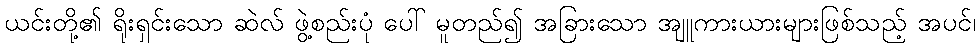
ယင်းတို့၏ ရိုးရှင်းသော ဆဲလ် ဖွဲ့စည်းပုံ ပေါ် မူတည်၍ အခြားသော အျူကားယားများဖြစ်သည့် အပင်၊